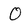
Character: 0